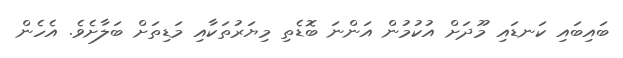
ބައިބައި ކަނޑައި މޫދަށް އުކުމުން އަންނަ ބޮޑެތި މިޔަރުތަކާއި މަޑިތަށް ބަލާށެވެ. އެހެން